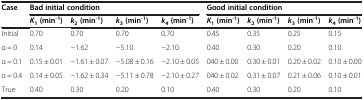
<table><thead><tr><td rowspan="2"><b>Case</b></td><td colspan="4"><b>Bad initial condition</b></td><td colspan="4"><b>Good initial condition</b></td></tr><tr><td><b><i>K</i><sub>1 </sub>(min<sup>-1</sup>)</b></td><td><b><i>k</i><sub>2 </sub>(min<sup>-1</sup>)</b></td><td><b><i>k</i><sub>3 </sub>(min<sup>-1</sup>)</b></td><td><b><i>k</i><sub>4 </sub>(min<sup>-1</sup>)</b></td><td><b><i>K</i><sub>1 </sub>(min<sup>-1</sup>)</b></td><td><b><i>k</i><sub>2 </sub>(min<sup>-1</sup>)</b></td><td><b><i>k</i><sub>3 </sub>(min<sup>-1</sup>)</b></td><td><b><i>k</i><sub>4 </sub>(min<sup>-1</sup>)</b></td></tr></thead><tbody><tr><td>Initial</td><td>0.70</td><td>0.70</td><td>0.70</td><td>0.70</td><td>0.45</td><td>0.35</td><td>0.25</td><td>0.15</td></tr><tr><td>α = 0</td><td>0.14</td><td>−1.62</td><td>−5.10</td><td>−2.10</td><td>0.40</td><td>0.30</td><td>0.20</td><td>0.10</td></tr><tr><td>α = 0.1</td><td>0.15 ± 0.01</td><td>−1.61 ± 0.07</td><td>−5.08 ± 0.16</td><td>−2.10 ± 0.05</td><td>040 ± 0.00</td><td>0.30 ± 0.01</td><td>0.20 ± 0.02</td><td>0.10 ± 0.00</td></tr><tr><td>α = 0.4</td><td>0.14 ± 0.05</td><td>−1.62 ± 0.34</td><td>−5.11 ± 0.78</td><td>−2.10 ± 0.27</td><td>040 ± 0.02</td><td>0.31 ± 0.07</td><td>0.21 ± 0.06</td><td>0.10 ± 0.01</td></tr><tr><td>True</td><td>0.40</td><td>0.30</td><td>0.20</td><td>0.10</td><td>0.40</td><td>0.30</td><td>0.20</td><td>0.10</td></tr></tbody></table>